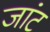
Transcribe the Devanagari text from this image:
जांट